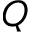
Q